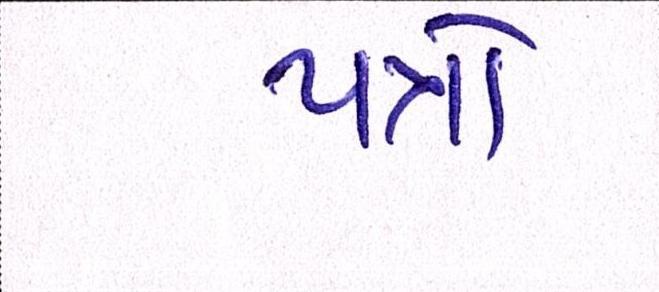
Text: પત્રો